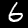
Label: 6